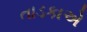
તાડકાએ